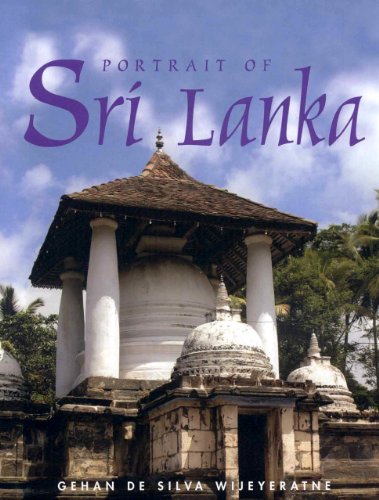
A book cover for Portrait of Sri Lanka: Portrait of Series; Gehan De Silva Wijeyeratne; Travel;